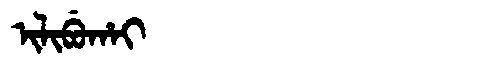
Manchu: ᡳᠯᡳᠪᡠᡥᠠᡳ
Romanization: ILIBUHAI